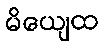
မိယျေထ